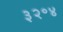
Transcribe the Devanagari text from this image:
३२॰४